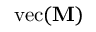
\mathrm { v e c } ( \mathbf { M } )